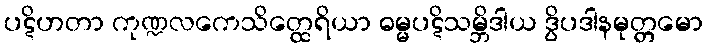
ပဋိဟတာ ကုဏ္ဍလကေသိတ္ထေရိယာ ဓမ္မပဋိသမ္ဘိဒါယ ဒွိပဒါနမုတ္တမော